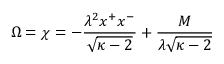
\Omega = \chi = - \frac { \lambda ^ { 2 } x ^ { + } x ^ { - } } { \sqrt { \kappa - 2 } } + \frac { M } { \lambda \sqrt { \kappa - 2 } }